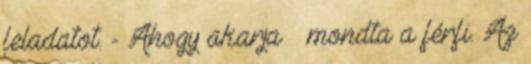
feladatot. - Ahogy akarja – mondta a férfi. Az